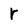
Character: r